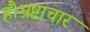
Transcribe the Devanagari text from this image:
हैं।भ्रष्टाचार